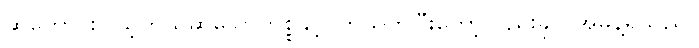
ဆုတောင်းပြည့်တယ်ဆိုသောကိစ္စနှင့်ပတ်သက်ပြီးတော့လည်းခုလိုအမိန့်ရှိသည်။